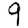
Digit: 9